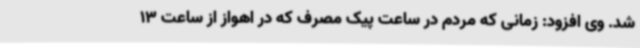
شد. وی افزود: زمانی که مردم در ساعت پیک مصرف که در اهواز از ساعت 13